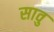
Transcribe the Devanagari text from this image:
सावु